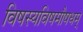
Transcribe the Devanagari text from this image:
विषस्यविषमौषधम्‌